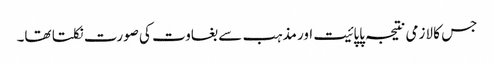
جس کا لازمی نتیجہ پاپائیت اور مذہب سے بغاوت کی صورت نکلتا تھا۔